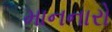
માનનારો